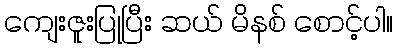
ကျေးဇူးပြုပြီး ဆယ် မိနစ် စောင့်ပါ။